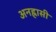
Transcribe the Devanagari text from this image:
अनह्रासी